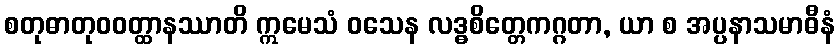
စတုဓာတုဝဝတ္ထာနဿာတိ ဣမေသံ ဝသေန လဒ္ဓစိတ္တေကဂ္ဂတာ, ယာ စ အပ္ပနာသမာဓီနံ